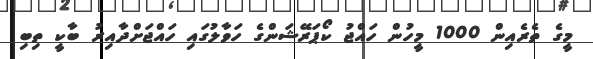
މީގެ ތެރެއިން 1000 މީހުން ހައްޖު ކޯޕަރޭޝަންގެ ހަވާލުގައި ހައްޖަށްދާއިރު ބާކީ ތިބި